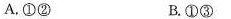
A.①② B.①③